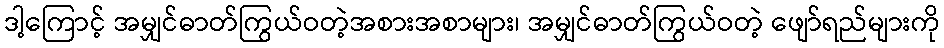
ဒါ့ကြောင့် အမျှင်ဓာတ်ကြွယ်ဝတဲ့အစားအစာများ၊ အမျှင်ဓာတ်ကြွယ်ဝတဲ့ ဖျော်ရည်များကို